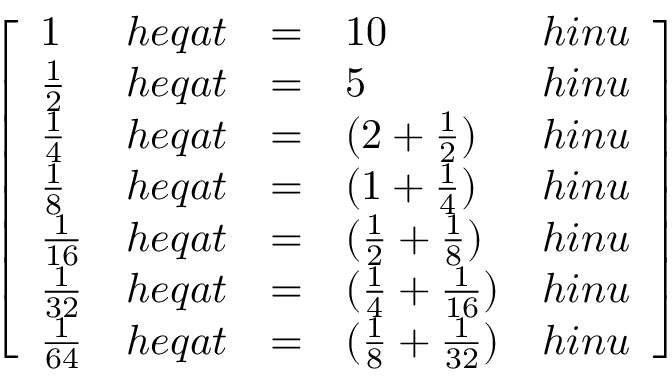
{ \left[ \begin{array} { l l l l l } { 1 } & { h e q a t } & { = } & { 1 0 } & { h i n u } \\ { { \frac { 1 } { 2 } } } & { h e q a t } & { = } & { 5 } & { h i n u } \\ { { \frac { 1 } { 4 } } } & { h e q a t } & { = } & { ( 2 + { \frac { 1 } { 2 } } ) } & { h i n u } \\ { { \frac { 1 } { 8 } } } & { h e q a t } & { = } & { ( 1 + { \frac { 1 } { 4 } } ) } & { h i n u } \\ { { \frac { 1 } { 1 6 } } } & { h e q a t } & { = } & { ( { \frac { 1 } { 2 } } + { \frac { 1 } { 8 } } ) } & { h i n u } \\ { { \frac { 1 } { 3 2 } } } & { h e q a t } & { = } & { ( { \frac { 1 } { 4 } } + { \frac { 1 } { 1 6 } } ) } & { h i n u } \\ { { \frac { 1 } { 6 4 } } } & { h e q a t } & { = } & { ( { \frac { 1 } { 8 } } + { \frac { 1 } { 3 2 } } ) } & { h i n u } \end{array} \right] }